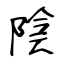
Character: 陰